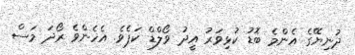
ދުނިޔޭގެ އެންމެ ބޮޑު ކުޅިވަރު އީދު ވޯލްޑް ކަޕެވެ. އެހެންވެ ރޯދަ މަސް